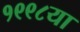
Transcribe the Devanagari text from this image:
१९९८या